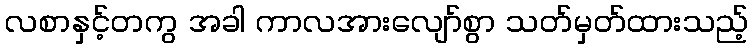
လစာနှင့်တကွ အခါ ကာလအားလျော်စွာ သတ်မှတ်ထားသည့်